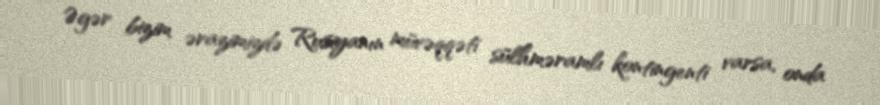
Əgər bizim ərazimizdə Rusiyanın müvəqqəti sülhməramlı kontingenti varsa, onda